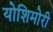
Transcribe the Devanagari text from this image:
योशिमोरी